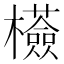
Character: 𣠇